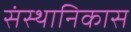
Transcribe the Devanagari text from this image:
संस्थानिकास